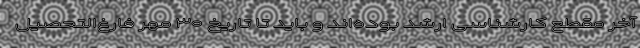
آخر مقطع کارشناسی ارشد بوده‌اند و باید تا تاریخ ۳۰ مهر فارغ‌التحصیل